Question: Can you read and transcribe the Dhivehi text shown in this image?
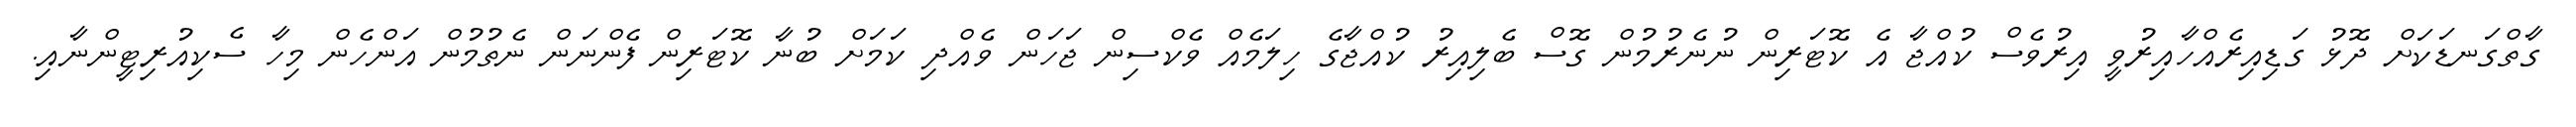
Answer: ގާތްގަނޑަކަށް ދޮޅު ގަޑިއިރެއްހާއިރުވީ އިރުވެސް ކުއްޖާ އެ ކޮޓަރިން ނުނެރުމުން ގޮސް ބެލިއިރު ކުއްޖާގެ ހިލަމެއް ވެކްސިން ޖަހަން ވެއްދި ކަމަށް ބުނާ ކޮޓަރިން ފެންނަން ނެތުމުން އަންހެން މިހާ ސެކިއުރިޓީންނާއި.